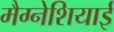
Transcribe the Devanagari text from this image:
मैग्नेशियाई